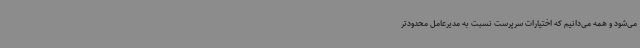
می‌شود و همه می‌دانیم که اختیارات سرپرست نسبت به مدیرعامل محدودتر